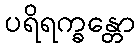
ပရိရက္ခန္တော